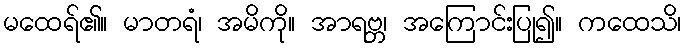
မထေရ်၏။ မာတရံ၊ အမိကို။ အာရဗ္ဘ၊ အကြောင်းပြု၍။ ကထေသိ၊